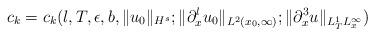
LaTeX: \begin{align*} c_k=c_k(l,T,\epsilon,b,\|u_0\|_{H^s}; \|\partial_x^lu_0\|_{L^2(x_0,\infty)}; \|\partial_x^3u\|_{L_T^1L_x^\infty})\end{align*}